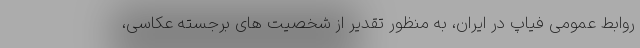
روابط عمومی فیاپ در ایران، به منظور تقدیر از شخصیت های برجسته عکاسی،